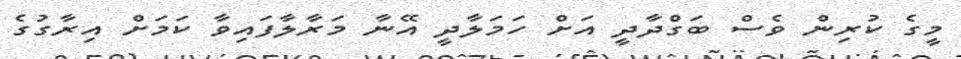
މީގެ ކުރިން ވެސް ބަގްދާދީ އަށް ހަމަލާދީ އޭނާ މަރާލާފައިވާ ކަމަށް އިރާގުގެ